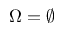
\Omega = \emptyset